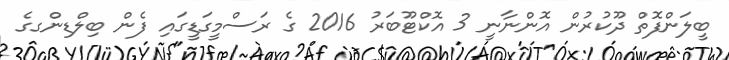
ބީލަންފޮތް ދޫކުރުން އޮންނާނީ 3 އޮކްޓޫބަރު 2016 ގެ ރަސްމީގަޑީގައި ފެން ބިލްޑިންގގެ